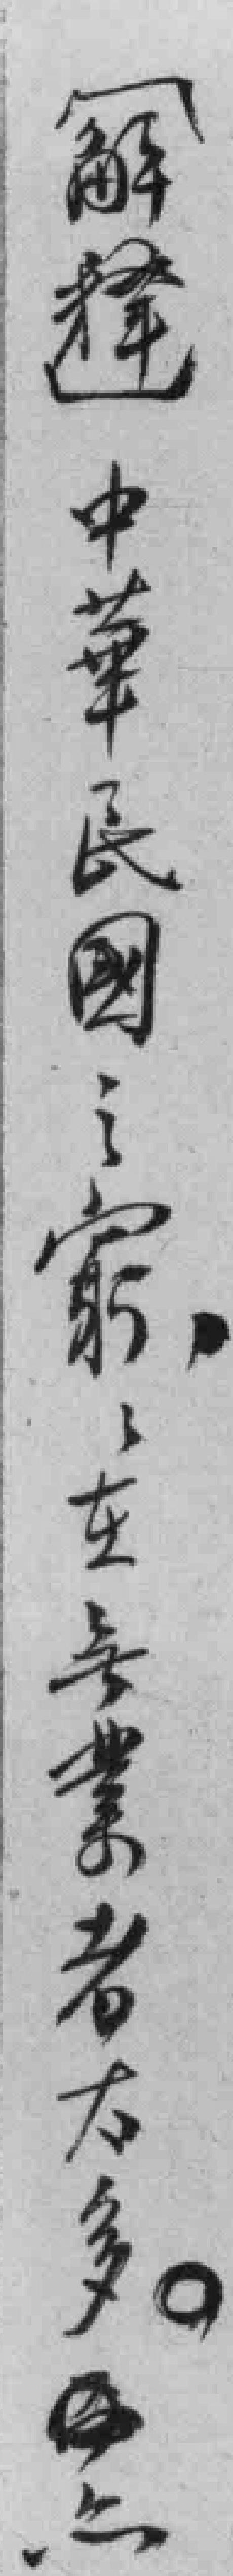
[解释]中華民國家之窮，*業者右多。之